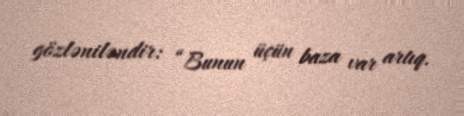
gözləniləndir: “Bunun üçün baza var artıq.